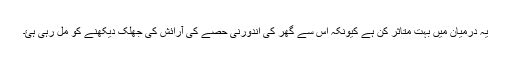
یہ درمیان میں بہت متاثر کن ہے کیونکہ اس سے گھر کی اندورنی حصے کی آرائش کی جھلک دیکھنے کو مِل رہی ہئ۔